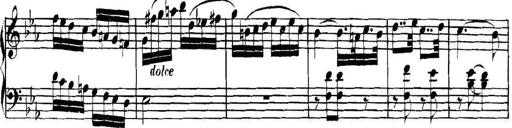
Title: Collected Piano Sonatas
Composer: Muzio Clementi